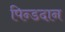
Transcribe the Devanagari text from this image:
पिन्डदान